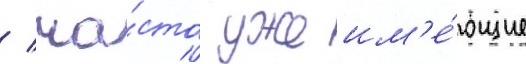
/ ча́сто уже им'е́ющие